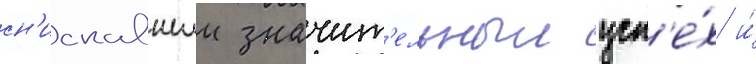
сн'искавшии значит'ельныи усп'е́х и́